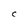
Character: C